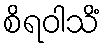
စိရဝါသိံ